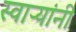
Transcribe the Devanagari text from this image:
स्वाऱ्यांनी